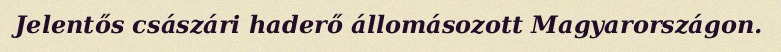
Jelentős császári haderő állomásozott Magyarországon.